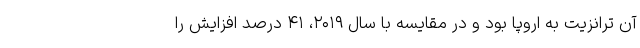
آن ترانزیت به اروپا بود و در مقایسه با سال ۲۰۱۹، ۴۱ درصد افزایش را